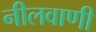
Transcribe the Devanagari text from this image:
नीलवाणी